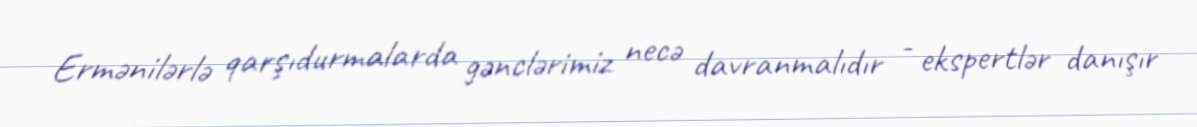
Ermənilərlə qarşıdurmalarda gənclərimiz necə davranmalıdır - ekspertlər danışır